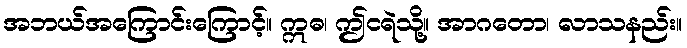
အဘယ်အကြောင်းကြောင့်။ ဣဓ၊ ဤငရဲသို့။ အာဂတော၊ လာသနည်း။